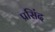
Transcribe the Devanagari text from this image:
प्रसिंद